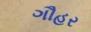
ગૌહર